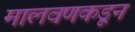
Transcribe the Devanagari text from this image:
मालवणकडून